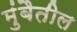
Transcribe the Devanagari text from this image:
मुंबैतील